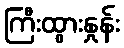
ကြီးထွားနှုန်း